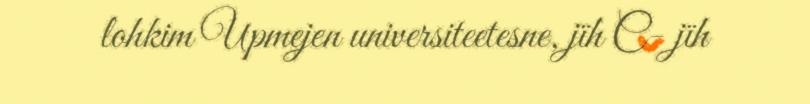
lohkim Upmejen universiteetesne, jïh C- jïh